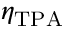
\eta _ { \mathrm { T P A } }